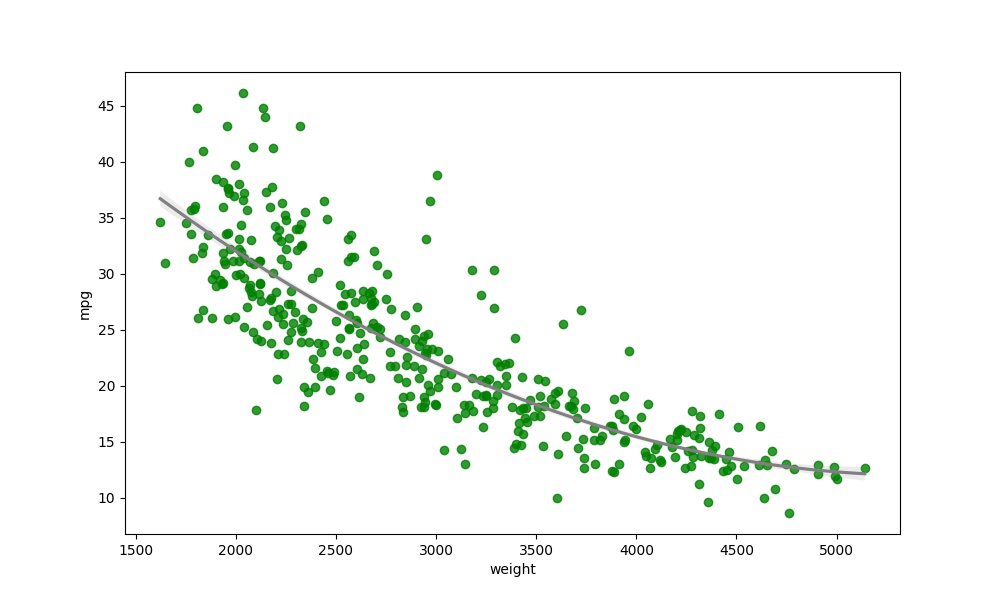
python, seaborn, regplot, order=2, ci=68, scatter_color=green, line_color=gray